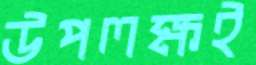
উপলক্ষই